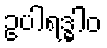
ဥပါရဒ္ဓါဝ